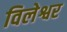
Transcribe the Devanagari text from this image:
विलेश्वर